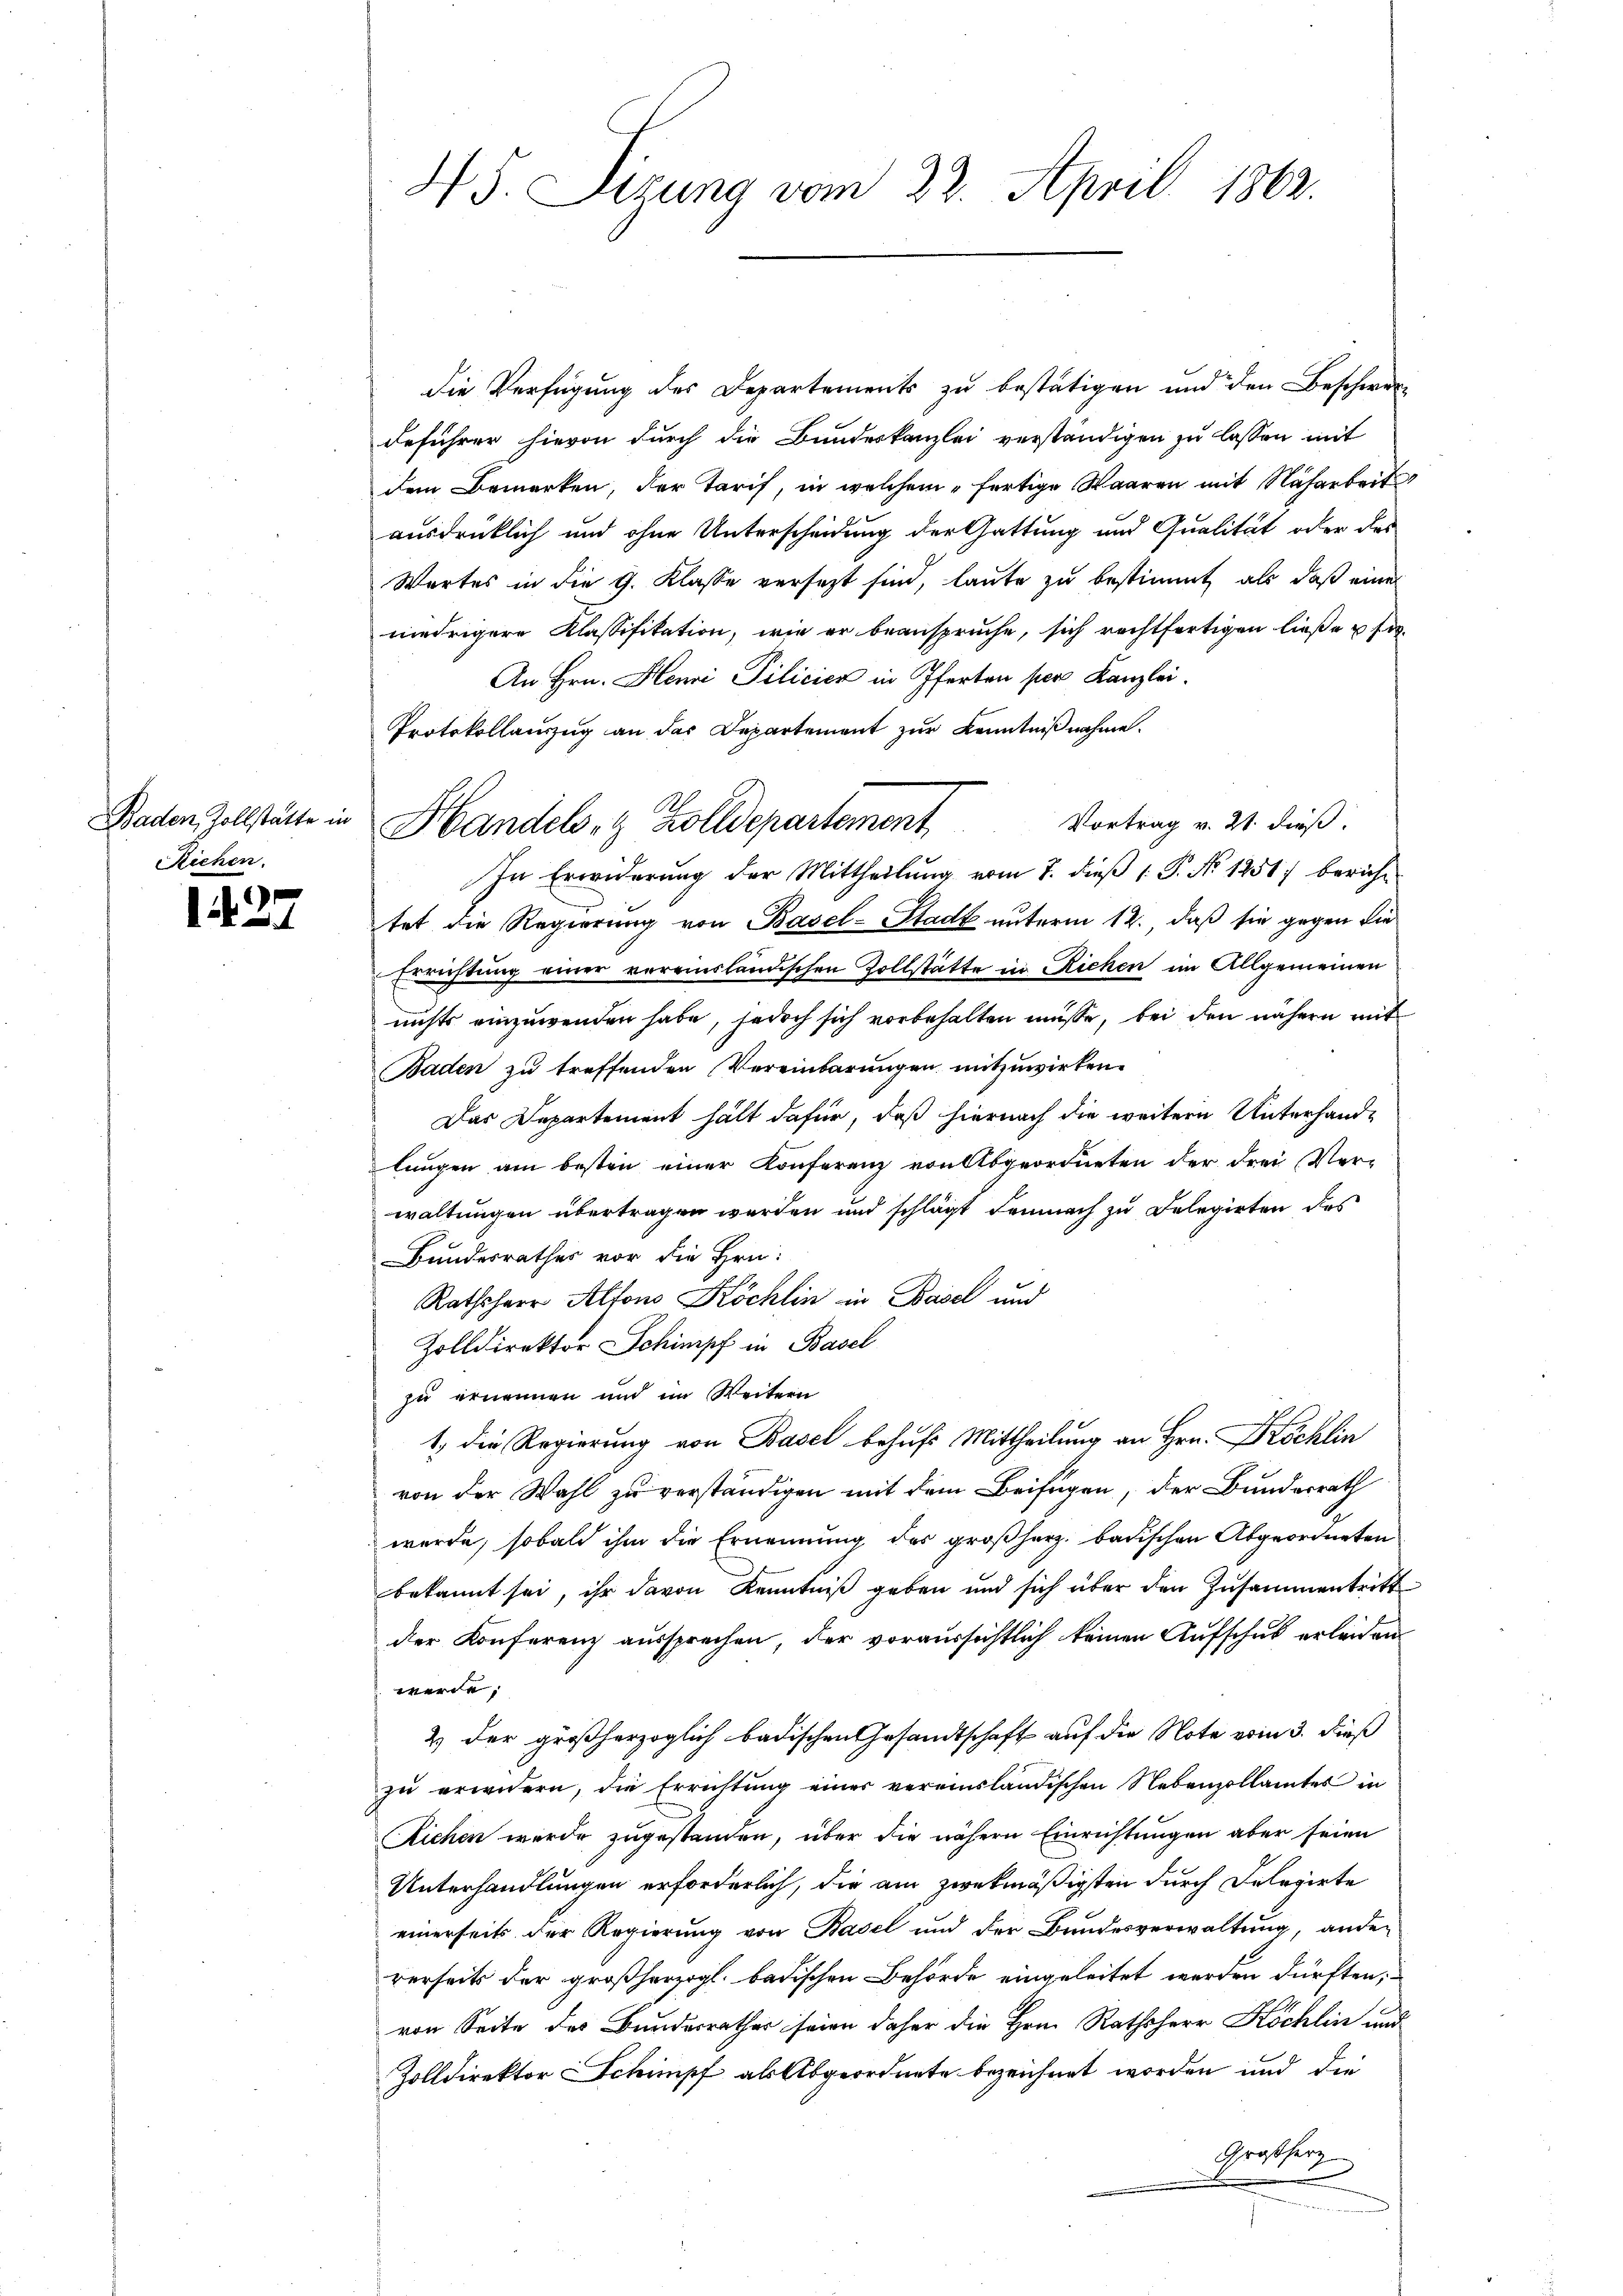
Baden, Zollstatte in
Richen.

437.

H S. Sizung vom 22. April 1862.

die Verfügung des Departements zu bestätigen und den Beschwere
deführer hievon durch die Bundeskanzlei verständigen zu lassen mit
dem Bemerken, der Tarif, in welchem fertige Waaren mit Nacharbeit
ausdrücklich und ohne Unterscheidung der Gattung und Qualität oder des
Wartes in die G. Klasse versezt sind, laute zu bestimmt als daß eine
niedrigere Klassifikation, wie er beanspruche, sich rechtfertigen ließe u fü
An Hrn. Henri Pilicier in Pferten per Kanzlei.
Protokollauszug an das Departement zur Kenntnißnahme.
In Erwiderŭng der Mittheilŭng vom 7. dieβ 1. P. No 1251) bericht
tet die Regierung von Basel-Stadt unterm 12. daß sie gegen die
Errichtung einer vereinsländischen Zollstätte in Richen im Allgemeinen
nichts einzuwenden habe, jedoch sich vorbehalten müsse, bei den nähern mit
Baden zu treffenden Vereinbarungen mitzuwirken.
Das Departement hält dafür, daß hiernach die weitere Unterhandlungen am besten einer Konferenz von Abgeordneten der drei Ver-
waltungen übertragen werden und schlägt demnach zu Dolegirten des
Bundesrathes vor die Hrn.
Rathsherr Alfons Köchlin in Basel und
Zolldirektor Schimpf in Basel
zu ernennen und im Weitern
1. die Regierung von Basel behufs Mittheilung an Hrn. Köchlin
von der Wahl zu verständigen mit dem Beifügen, der Bundesrath
werde, sobald ihm die Ernennung des großherz badischen Abgeordneten
bekannt sei, ihr davon Kenntniß geben und sich über den Zusammentritt
der Konferenz aussprechen, der voraussichtlich keinen Aufschub erleiden
werde;
2 der großherzoglich badischen Gesandtschaft auf die Note vom 3. dieß
zu erwidern, die Errichtung einer vereinsländischen Nebenzollamtes in
Kichen wurde zugestanden, über die nähern Einrichtungen aber seien
Unterhandlungen erforderlich, die am zwekmäßigsten durch Delegirte
einerseits der Regierung von Basel und der Bundesverwaltung, ander
rerseits der großherzogl. badischen Behörde eingeleitet werden dürften,
von Seite des Bundesrathes seien daher die Hrn. Rathsherr Köchlin und
Zolldirektor Schimpf als Abgeordnete bezeichnet worden und die
Großherz
e
me

Handels- & Zolldepartement Vortrag v. 31. dieß: